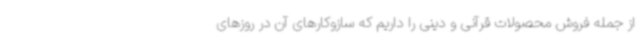
از جمله فروش محصولات قرآنی و دینی را داریم که سازوکارهای آن در روزهای